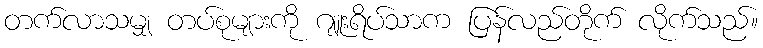
တက်လာသမျှ တပ်စုများကို ဂျူးရိပ်သာက ပြန်လည်တိုက် လိုက်သည်။